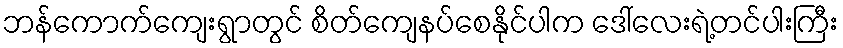
ဘန်ကောက်ကျေးရွာတွင် စိတ်ကျေနပ်စေနိုင်ပါက ဒေါ်လေးရဲ့တင်ပါးကြီး